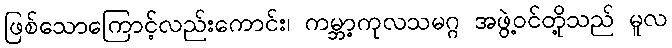
ဖြစ်သောကြောင့်လည်းကောင်း၊ ကမ္ဘာ့ကုလသမဂ္ဂ အဖွဲ့ဝင်တို့သည် မူလ